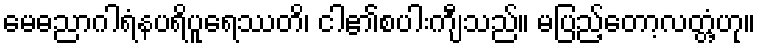
မေဓညာဂါရံနပရိပူရေဿတိ၊ ငါ၏စပါးကျီသည်။ မပြည့်တော့လတ္တံ့ဟု။